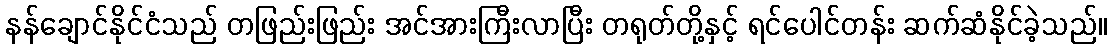
နန်ချောင်နိုင်ငံသည် တဖြည်းဖြည်း အင်အားကြီးလာပြီး တရုတ်တို့နှင့် ရင်ပေါင်တန်း ဆက်ဆံနိုင်ခဲ့သည်။